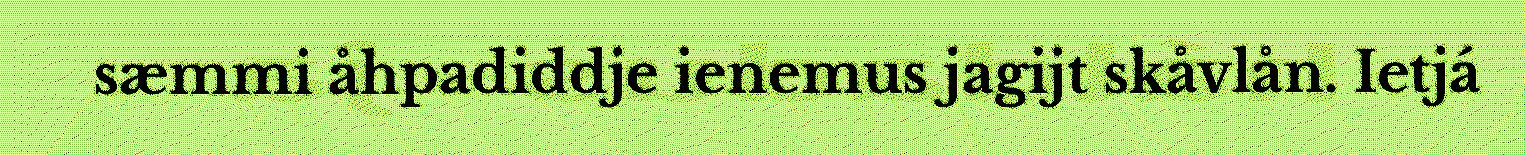
sæmmi åhpadiddje ienemus jagijt skåvlån. Ietjá